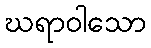
ဃရာဝါသော